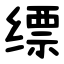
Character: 缥